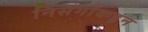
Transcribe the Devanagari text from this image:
निसर्गाकडून